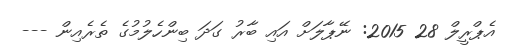
އެޕްރީލް 28 2015: ނޭޕާލަށް އައި ބާރު ގަދަ ބިންހެލުމުގެ ތެރެއިން ---